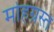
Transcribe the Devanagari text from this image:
मोहग्रस्त